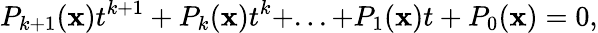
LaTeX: P_{k+1}(\mathbf{x})t^{k+1}+P_{k}(\mathbf{x})t^{k}+...+P_{1}(\mathbf{x})t+P_{0}(\mathbf{x})=0,